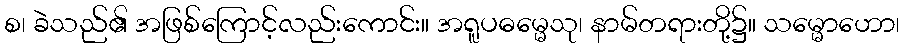
စ၊ ခဲသည်၏ အဖြစ်ကြောင့်လည်းကောင်း။ အရူပဓမ္မေသု၊ နာမ်တရားတို့၌။ သမ္မောဟော၊